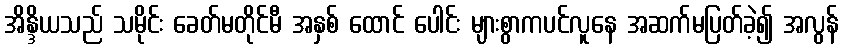
အိန္ဒိယသည် သမိုင်း ခေတ်မတိုင်မီ အနှစ် ထောင် ပေါင်း များစွာကပင်လူနေ အဆက်မပြတ်ခဲ့၍ အလွန်